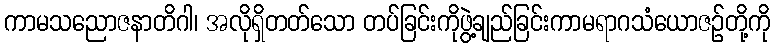
ကာမသညောဇနာတိဂါ၊ အလိုရှိတတ်သော တပ်ခြင်းကိုဖွဲ့ချည်ခြင်းကာမရာဂသံယောဇဉ်တို့ကို